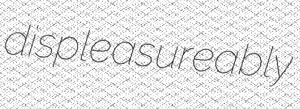
displeasureably